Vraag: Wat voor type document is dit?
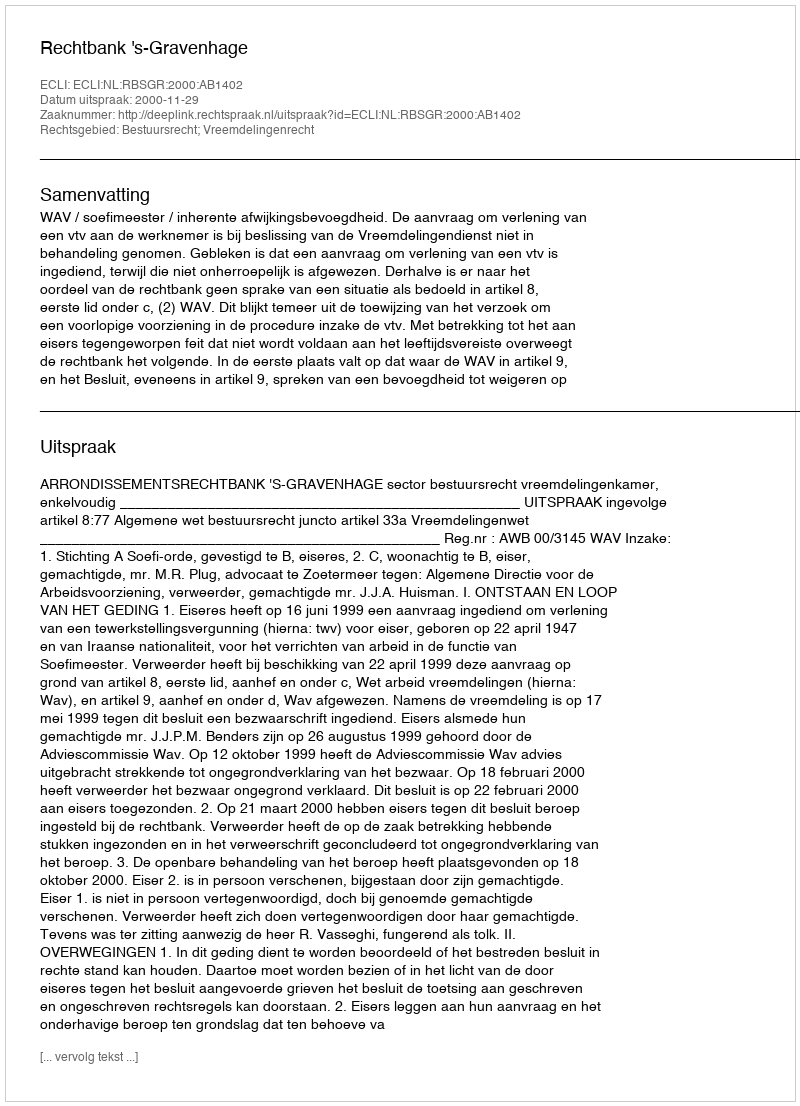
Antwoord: Uitspraak